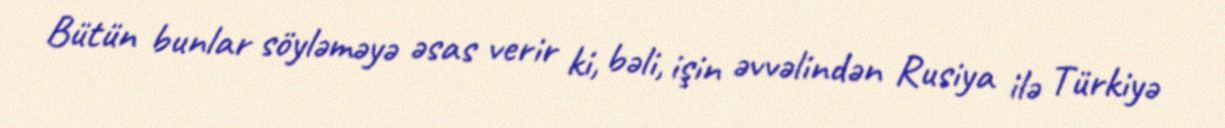
Bütün bunlar söyləməyə əsas verir ki, bəli, işin əvvəlindən Rusiya ilə Türkiyə